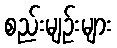
စည်းမျဉ်းများ